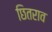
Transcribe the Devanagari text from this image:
छितराव